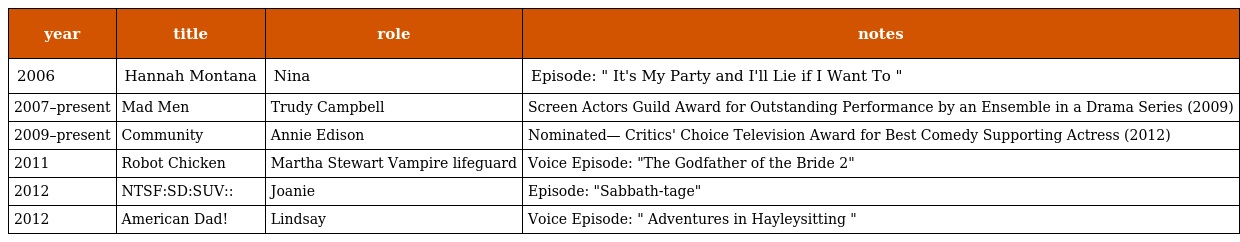
| year | title | role | notes |
 | --- | --- | --- | --- |
 | 2006 | Hannah Montana | Nina | Episode: " It's My Party and I'll Lie if I Want To " |
 | 2007–present | Mad Men | Trudy Campbell | Screen Actors Guild Award for Outstanding Performance by an Ensemble in a Drama Series (2009) |
 | 2009–present | Community | Annie Edison | Nominated— Critics' Choice Television Award for Best Comedy Supporting Actress (2012) |
 | 2011 | Robot Chicken | Martha Stewart Vampire lifeguard | Voice Episode: "The Godfather of the Bride 2" |
 | 2012 | NTSF:SD:SUV:: | Joanie | Episode: "Sabbath-tage" |
 | 2012 | American Dad! | Lindsay | Voice Episode: " Adventures in Hayleysitting " |